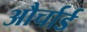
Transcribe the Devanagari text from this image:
और्चार्ड